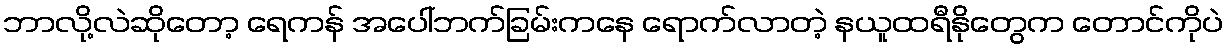
ဘာလို့လဲဆိုတော့ ရေကန် အပေါ်ဘက်ခြမ်းကနေ ရောက်လာတဲ့ နယူထရီနိုတွေက တောင်ကိုပဲ